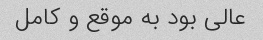
عالی بود به موقع و کامل